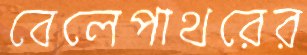
বেলেপাথরের